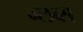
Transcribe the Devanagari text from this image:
ग्लब्स